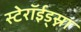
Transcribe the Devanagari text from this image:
स्टेरॉईड्स्ना